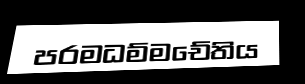
පරමධම්මචේතිය